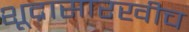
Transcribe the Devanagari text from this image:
शूद्रासारखीच